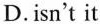
D.isn't it